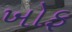
ખોફ